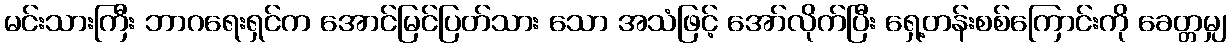
မင်းသားကြီး ဘာဂရေးရှင်က အောင်မြင်ပြတ်သား သော အသံဖြင့် အော်လိုက်ပြီး ရှေ့တန်းစစ်ကြောင်းကို ခေတ္တမျှ